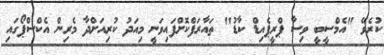
ކުރެވޭ "އެމްސީބީ ވިސާ ޕްރީޕެއިޑް ކާޑު" ތައާރަފްކޮށްފައިވަނީ މިއަދު ކުރިއަށްދާ މެރިން އެކްސްޕޯގައި